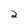
Character: 2